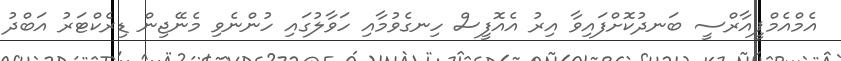
އެމްއެމްޕީއާރްސީ ބަނދުކޮށްފައިވާ އިރު އެއޮފީސް ހިނގެވުމާއި ހަވާލުގައި ހުންނެވި މެނޭޖިން ޑިރެކްޓަރު އަބްދު